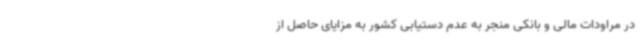
در مراودات مالی و بانکی منجر به عدم دستیابی کشور به مزایای حاصل از